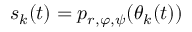
s _ { k } ( t ) = p _ { r , \varphi , \psi } ( \theta _ { k } ( t ) )